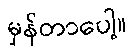
မှန်တာပေါ့။